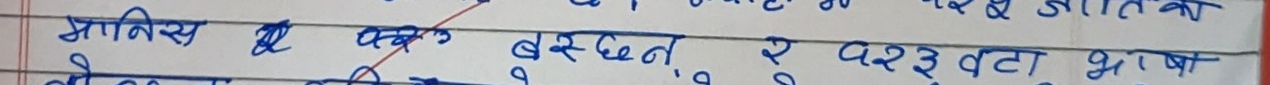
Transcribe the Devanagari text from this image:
भागिस ए पटक बस्छन् र १२३ वटा भएपछि